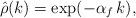
LaTeX: \begin{align*}\hat\rho(k)=\exp(- \alpha_f \, k),\end{align*}